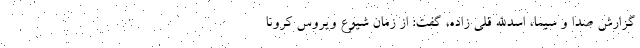
گزارش صدا و سیما، اسدالله قلی زاده، گفت: از زمان شیوع ویروس کرونا